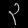
Digit: ၃